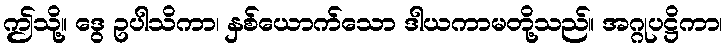
ဤသို့။ ဒွေ ဥပါသိကာ၊ နှစ်ယောက်သော ဒါယကာမတို့သည်။ အဂ္ဂုပဋ္ဌိကာ၊